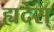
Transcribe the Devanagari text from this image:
ह्यदेस्